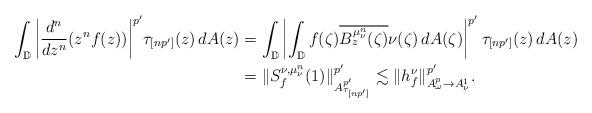
LaTeX: \begin{align*} \int_{\mathbb{D}}\bigg|\frac{d^n}{dz^n}(z^nf(z))\bigg|^{p'}\tau_{[n p']}(z)\,dA(z)&=\int_{\mathbb{D}}\left|\int_{\mathbb{D}}f(\zeta)\overline{B_{z}^{\mu_{\nu}^{n}}(\zeta)}\nu(\zeta)\,dA(\zeta)\right|^{p'}\tau_{[n p']}(z)\,dA(z)\\ &=\|S^{\nu,\mu^{n}_{\nu}}_{f}(1)\|_{A^{p'}_{\tau_{[np']}}}^{p'}\lesssim\|h_{f}^{\nu}\|_{A^{p}_{\omega}\to A^{1}_{\nu}}^{p'}.\end{align*}